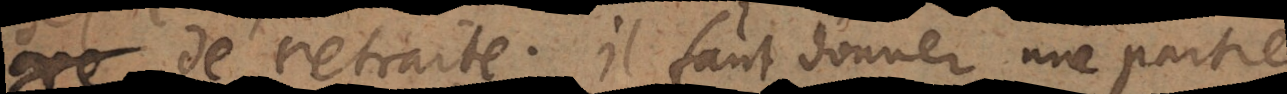
jours de retraite. Il faut donner une partie